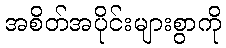
အစိတ်အပိုင်းများစွာကို